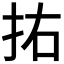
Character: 𭠗